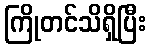
ကြိုတင်သိရှိပြီး